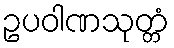
ဥပဝါဏသုတ္တံ